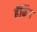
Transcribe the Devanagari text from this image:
हॅकिंग